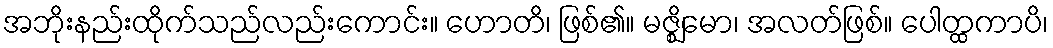
အဘိုးနည်းထိုက်သည်လည်းကောင်း။ ဟောတိ၊ ဖြစ်၏။ မဇ္ဈိမော၊ အလတ်ဖြစ်။ ပေါတ္ထကာပိ၊